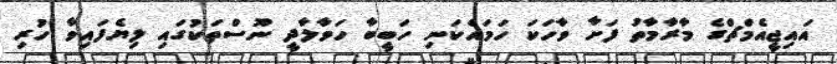
އައިޖީއެމްޗްގެ މާރާމާތު ފަށާ ވާހަކަ ހަމައެކަނި ހަބީބާ ހަވާލާދީ ނޫސްތަކުގައި ލިޔެފައިވާ ހުރި